Lunatic asylums Central Provinces reports 1886-1894 - 1886-1894
Year: 1886
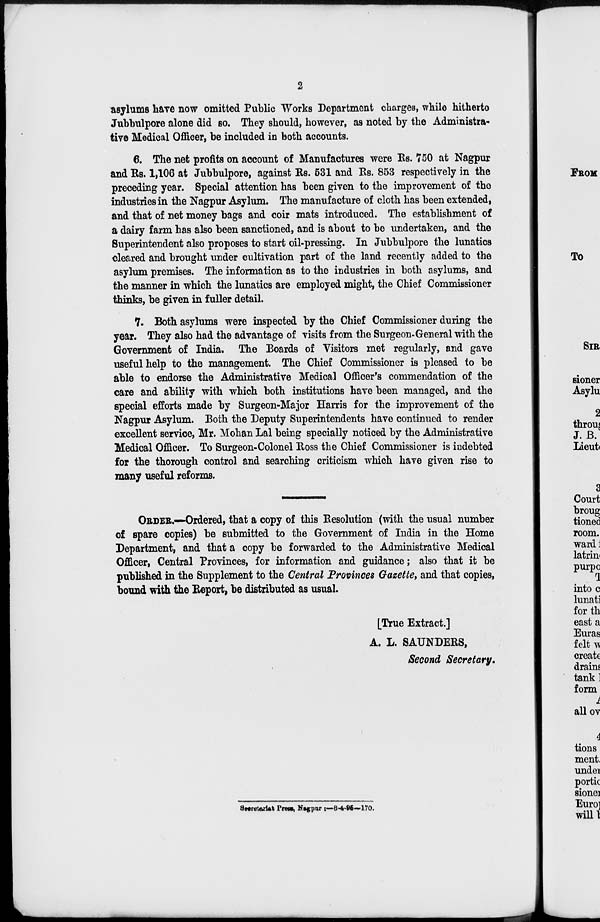
2
asylums have now omitted Public Works Department charges, while hitherto
Jubbulpore alone did so. They should, however, as noted by the Administra-
tive Medical Officer, be included in both accounts.
6. The net profits on account of Manufactures were Rs. 750 at Nagpur
and Rs. 1,106 at Jubbulpore, against Rs. 531 and Rs. 853 respectively in the
preceding year. Special attention has been given to the improvement of the
industries in the Nagpur Asylum. The manufacture of cloth has been extended,
and that of net money bags and coir mats introduced. The establishment of
a dairy farm has also been sanctioned, and is about to be undertaken, and the
Superintendent also proposes to start oil-pressing. In Jubbulpore the lunatics
cleared and brought under cultivation part of the land recently added to the
asylum premises. The information as to the industries in both asylums, and
the manner in which the lunatics are employed might, the Chief Commissioner
thinks, be given in fuller detail.
7. Both asylums were inspected by the Chief Commissioner during the
year. They also had the advantage of visits from the Surgeon-General with the
Government of India. The Boards of Visitors met regularly, and gave
useful help to the management. The Chief Commissioner is pleased to be
able to endorse the Administrative Medical Officer's commendation of the
care and ability with which both institutions have been managed, and the
special efforts made by Surgeon-Major Harris for the improvement of the
Nagpur Asylum. Both the Deputy Superintendents have continued to render
excellent service, Mr. Mohan Lal being specially noticed by the Administrative
Medical Officer. To Surgeon-Colonel Ross the Chief Commissioner is indebted
for the thorough control and searching criticism which have given rise to
many useful reforms.
ORDER.—Ordered, that a copy of this Resolution (with the usual number
of spare copies) be submitted to the Government of India in the Home
Department, and that a copy be forwarded to the Administrative Medical
Officer, Central Provinces, for information and guidance; also that it be
published in the Supplement to the Central Provinces Gazette, and that copies,
bound with the Report, be distributed as usual.
[True Extract.]
A. L. SAUNDERS,
Second Secretary.
Secretarist Press, Nagpur :—8-4-95—170.